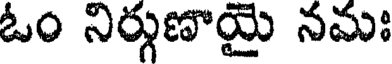
ఓం నిర్గుణాయై నమః